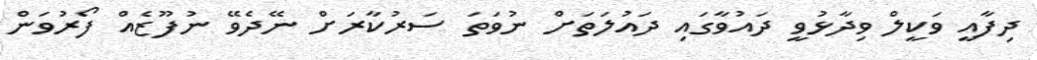
ދިފާއީ ވަކީލް ވިދާޅުވީ ދައުވާގައި ދައުލަތަށް ނުވަތަ ސަރުކާރަށް ނޭދެވޭ ނުފޫޒެއް ފޯރުވަން